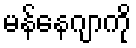
မန်နေဂျာကို